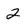
Character: 2